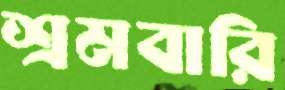
শ্রমবারি